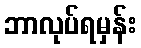
ဘာလုပ်ရမှန်း